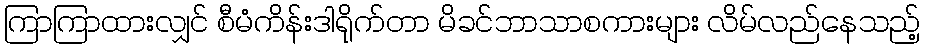
ကြာကြာထားလျှင် စီမံကိန်းဒါရိုက်တာ မိခင်ဘာသာစကားများ လိမ်လည်နေသည့်